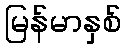
မြန်မာနှစ်